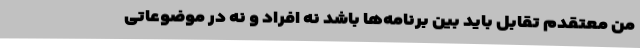
من معتقدم تقابل باید بین برنامه‌ها باشد نه افراد و نه در موضوعاتی